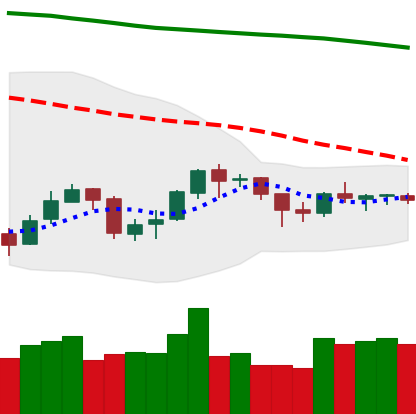
Ticker: BNB-USD
Chart end date: 2018-10-01
Forward return: 4.309%
Label: up_3_5